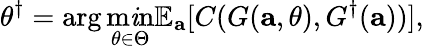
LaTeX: \theta^{\dagger}=\arg\operatorname*{m\mathit{i}n}_{\theta\in\Theta}\mathbb{{E}}_{\mathbf{{a}}}[C(G(\mathbf{{a}},\theta),G^{\dagger}(\mathbf{{a}}))],